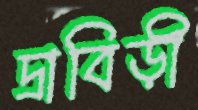
দ্রাবিড়ী